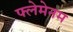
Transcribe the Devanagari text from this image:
फ्लेमेनम